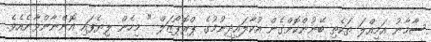
ސާމާނު އަމިއްލަ ތަކެތި ބޭނުންކޮށްގެން އުކާލައިދިނުމުގެ ޕްރޮޕޯޒަލް " މިހެން ލިޔެފައި އޮންނާންވާނެއެވެ.